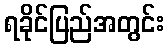
ရခိုင်ပြည်အတွင်း